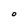
Character: O